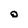
Character: O